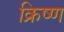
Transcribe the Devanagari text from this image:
क्रिष्ण